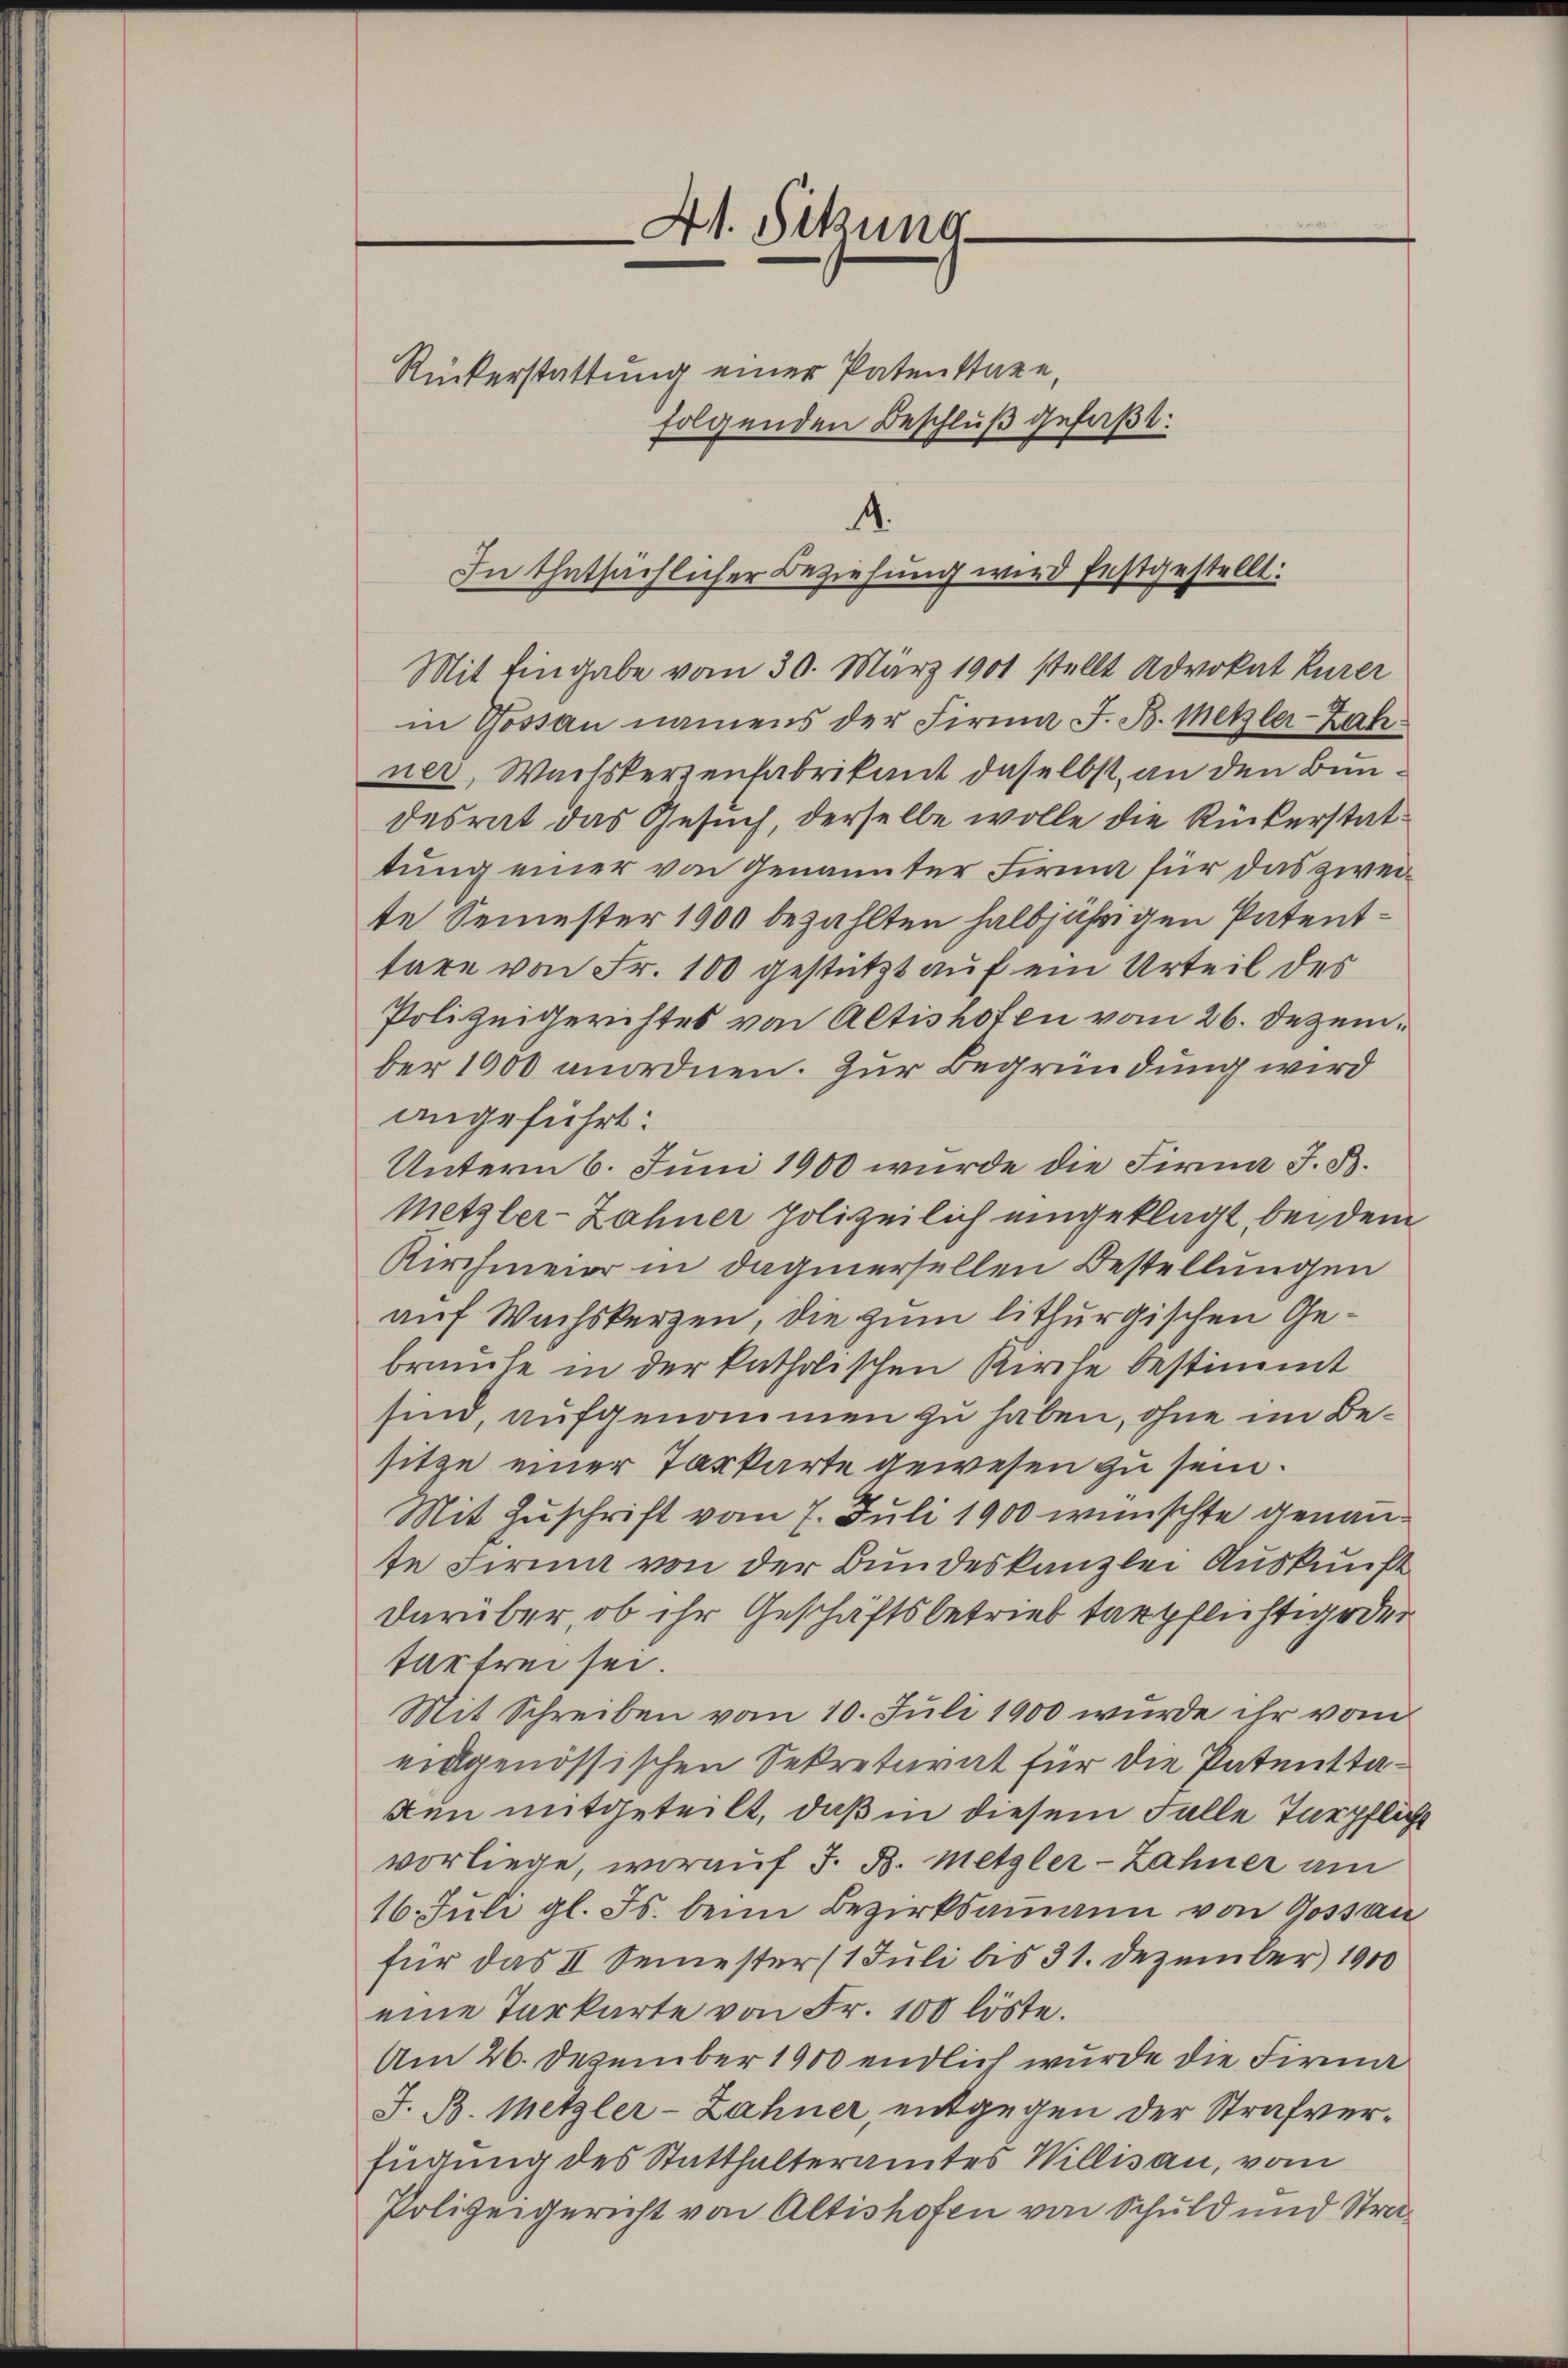
41. Sitzuna
e

Rückerstattung einer Patenstage,
folgenden Beschluß gefaßt:

A.
In thatsächlicher Beziehung wird festgestellt:

Mit Eingabe vom 30. März 1901 stellt Advokat Eurer
in Gossau namens der Firma J. B. Metzler-Zahner, Wachskerzenfabrikant daselbst, an den Bundesrat das Gesuch, derselbe wolle die Rückerstattung einer von Genannter Firma für das zweite Semester 1900 bezahlten halbjährigen Patenttare von Fr. 100 gestützt auf ein Urteil des
Polizeigerichtes von Altishofen vom 26. Dezember 1000 anordnen. Zur Begründung wird
angeführt:
Unterm 6. Juni 1900 wurde die Firma J. B.
Metzler-Zähner polizeilich eingeklagt, bei dem
Kirchmeier in dagenersellen Bestellungen
auf Wachskerzen, die zum lithurgischen Gebranche in der katholischen Kirche bestimmt
sind, aufgenommen zu haben, ohne im Besitze einer Tarkarte gewesen zu sein.
Mit Zuschrift vom 7. Juli 1900 wünschte genannte Firma von der Bundeskanzlei Auskunft
darüber, ob ihr Geschäftsbetrieb terpflichtig oder
tartrei sei.
Mit Schreiben vom 10. Juli 1900 wurde ihr vom
eidgenössischen Sekretarat für die Patenttaden mitgeteilt, daß in diesem Falle Türpflich
vorliege, worauf J. B. Metzler-Zähner am
16. Juli gl. Js. beim Bezirksammann von Gossan
für das II Semester (1 Juli bis 31. Dezember 1900
eine Tarkarte von Fr. 100 löste.
Am 26. Dezember 1900 endlich wurde die Firma
J. B. Metzler-Zähner, entgegen der Strafverfügung des Statthalteramtes Willisau, vom
Polizeigericht von Altishofen von Schuld und Stra¬